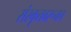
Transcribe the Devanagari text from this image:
संस्कृतवरूनच